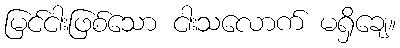
မြင်ငါးဖြစ်သော ငါးသလောက် မရှိချေ။